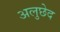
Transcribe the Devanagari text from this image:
अलुछेद